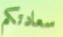
سعادتكم